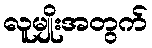
လူမျိုးအတွက်